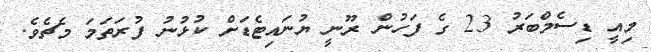
މިއީ ޑިސެމްބަރު 23 ގެ ފަހުން ރޫނީ ޔުނައިޓެޑަށް ކުޅުނު ފުރަތަމަ މެޗެވެ.